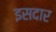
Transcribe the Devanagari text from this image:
इसदार